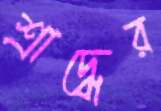
শ্রাদ্ধের